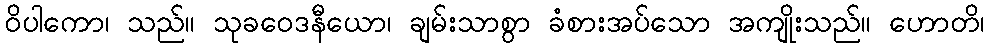
ဝိပါကော၊ သည်။ သုခဝေဒနီယော၊ ချမ်းသာစွာ ခံစားအပ်သော အကျိုးသည်။ ဟောတိ၊